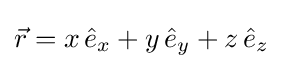
{\vec {r}}=x\,{\hat {e}}_{x}+y\,{\hat {e}}_{y}+z\,{\hat {e}}_{z}